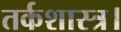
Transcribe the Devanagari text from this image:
तर्कशास्त्र।